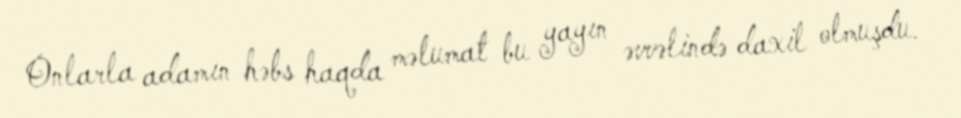
Onlarla adamın həbs haqda məlumat bu yayın əvvəlində daxil olmuşdu.